Annual returns of the Patna Lunatic Asylum at Bankipore in Bihar and Orissa - 1912-1924
Year: 1912
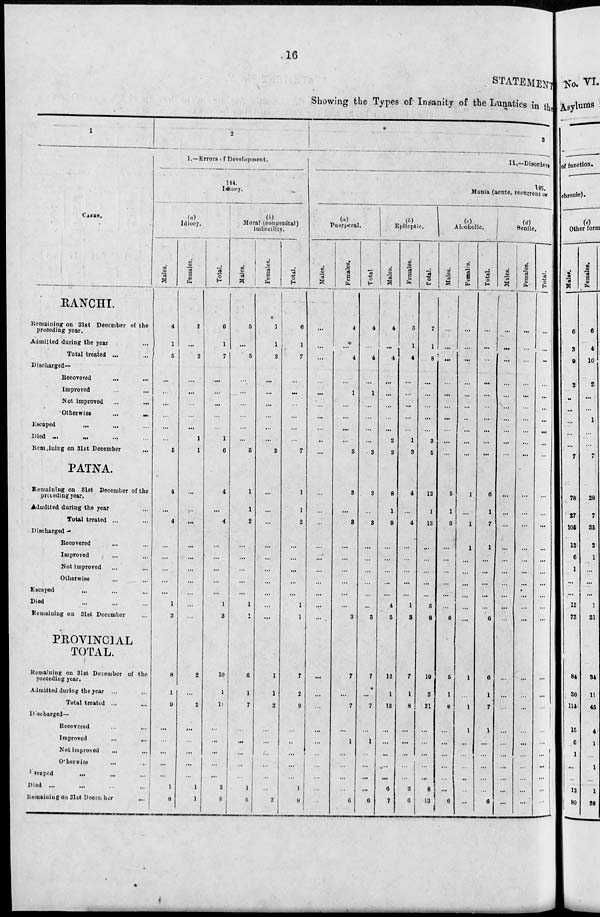
16
STATEMENT
Showing the Types of Insanity of the Lunatics in the
1
CASES.
RANCHI.
Remaining on 31st December of the
preceding year.
Admitted during the year ...
Total treated ... ...
Discharged—
Recovered
...
...
Improved ... ...
Not improved ... ...
Otherwise
...
...
Escaped
... ... ...
Died ... ... ... ...
Remaining on 31st December ...
PATNA.
Remaining on 31st December of the
preceding year.
Admitted during the year ...
Total treated ... ...
Discharged—
Recovered ... ...
Improved ... ...
Not improved ... ...
Otherwise ... ...
Escaped ... ... ...
Died ... ... ...
Remaining on 31st December ...
PROVINCIAL
TOTAL.
Remaining on 31st December of the
preceding year.
Admitted during the year ... ...
Total treated ... ...
Discharged—
Recovered ... ...
Improved ... ...
Not Improved ... ...
Other wise ... ...
Escaped ... ... ...
Died ... ... ... ...
Remaining on 31st December ...
2
1.—Errors of Development.
114.
Idiocy.
(a)
Idiocy.
Males.
4
1
5
...
...
...
...
...
...
5
4
...
4
...
...
...
...
...
1
3
8
1
9
...
...
...
...
...
1
8
Females.
2
...
2
...
...
...
...
...
1
1
...
...
...
...
...
...
...
...
...
...
2
...
2
...
...
...
...
...
1
1
Total.
6
1
7
...
...
...
...
...
1
6
4
...
4
...
...
...
...
...
1
3
10
1
11
...
...
...
...
...
2
9
Moral (congenital)
imbecility.
Males.
5
...
5
....
...
...
...
...
...
5
1
1
2
...
...
...
...
...
1
1
6
1
7
...
...
...
...
...
1
6
Females.
1
1
2
...
...
...
...
...
...
2
...
...
...
...
...
...
...
...
...
...
1
1
2
...
...
...
...
...
...
2
Total.
6
1
7
...
...
...
...
...
...
7
1
1
2
...
...
...
...
...
1
1
7
2
9
...
...
...
...
...
1
8
3
II.—Disorders
145.
Mania (acute, recurrent or
(a)
Puerperal.
Males.
...
...
...
...
...
...
...
...
..
...
...
...
...
...
...
...
...
...
...
...
...
...
...
...
...
...
...
...
...
...
Females.
4
...
4
...
1
...
...
...
...
3
3
...
3
...
...
...
...
...
...
3
7
...
7
...
1
...
...
...
...
6
Total.
4
...
4
...
1
...
...
...
...
3
3
...
3
...
...
...
...
...
...
3
7
7
...
1
...
...
...
...
6
(b)
Epileptic.
Males.
4
...
4
...
...
...
...
...
2
2
8
1
9
...
...
...
...
...
4
5
12
1
13
...
...
...
...
...
6
7
Females.
3
1
4
...
...
...
...
...
1
3
4
...
4
...
...
...
...
...
1
3
7
1
8
...
...
...
...
...
2
6
Total.
7
1
8
...
...
...
...
...
3
5
12
1
13
...
...
...
...
...
5
8
19
2
21
...
...
...
...
...
8
13
(c)
Alcoholic.
Males.
...
...
...
...
...
...
...
...
...
...
5
1
6
...
...
...
...
...
...
6
6
1
6
...
...
...
...
...
...
6
Females.
...
...
...
...
...
...
...
...
...
...
1
...
1
1
...
...
...
...
...
...
1
...
1
1
...
...
...
...
...
...
Total.
...
...
...
...
...
...
...
...
...
...
6
1
7
1
...
...
...
...
...
6
6
1
7
1
...
...
...
...
...
6
(d)
Senile.
Males.
...
...
...
...
...
...
...
...
...
...
...
...
...
...
...
...
...
...
...
...
...
...
...
...
...
...
...
...
...
...
Females.
...
...
...
...
...
...
...
...
...
...
...
...
...
...
...
...
...
...
...
...
...
...
...
...
...
...
...
...
...
...
Total.
...
...
...
...
...
...
...
...
...
...
...
...
...
...
...
...
...
...
...
...
...
...
...
...
...
...
...
...
...
...